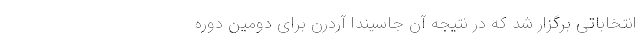
انتخاباتی برگزار شد که در نتیجه آن جاسیندا آردرن برای دومین دوره